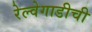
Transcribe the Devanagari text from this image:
रेल्वेगाडीची